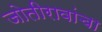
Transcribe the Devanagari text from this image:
जोतीरावांचा